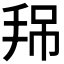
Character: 𢬚